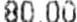
80.00